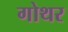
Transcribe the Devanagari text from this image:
गोथर